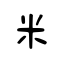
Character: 米